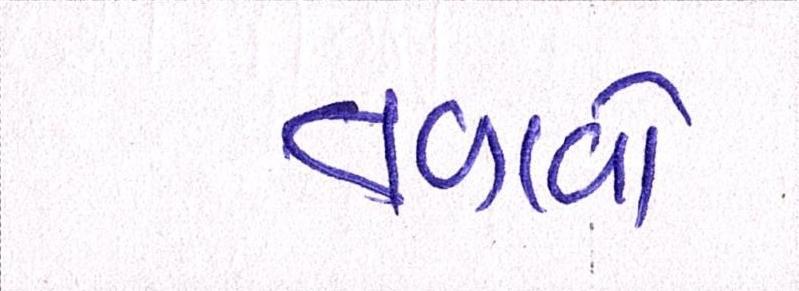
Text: તળાવો